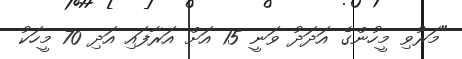
"މަރުވި މީހުންގެ އަދަދު ވަނީ 15 އަށް އަރާފައި އަދި 70 މީހަކު